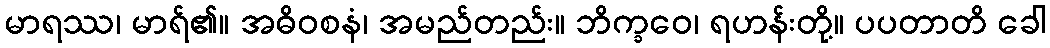
မာရဿ၊ မာရ်၏။ အဓိဝစနံ၊ အမည်တည်း။ ဘိက္ခဝေ၊ ရဟန်းတို့။ ပပတာတိ ခေါ